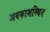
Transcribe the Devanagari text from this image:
अवकाशस्थित